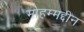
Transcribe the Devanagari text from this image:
मोहम्मद्दीन